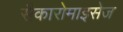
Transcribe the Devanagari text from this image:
सैकारोमाइसेज